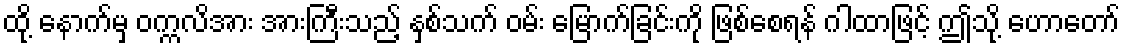
ထို့ နောက်မှ ဝက္ကလိအား အားကြီးသည့် နှစ်သက် ဝမ်း မြောက်ခြင်းကို ဖြစ်စေရန် ဂါထာဖြင့် ဤသို့ ဟောတော်